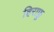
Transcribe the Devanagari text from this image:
हिराफ़ू